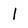
Character: I